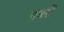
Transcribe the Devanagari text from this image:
पथरों